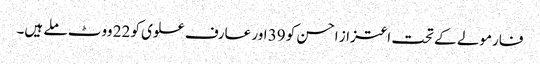
فارمولے کے تحت اعتزاز احسن کو 39 اور عارف علوی کو 22 ووٹ ملے ہیں۔